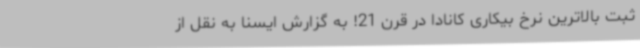
ثبت بالاترین نرخ بیکاری کانادا در قرن 21! به گزارش ایسنا به نقل از